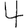
Digit: 4